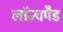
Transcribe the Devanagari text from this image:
लॉन्चपैड